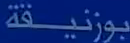
بوزنيقة